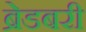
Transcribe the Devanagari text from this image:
ब्रेडबरी